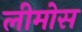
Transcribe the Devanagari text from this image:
लीमोस